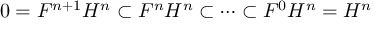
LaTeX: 0 = F ^ { n + 1 } H ^ { n } \subset F ^ { n } H ^ { n } \subset \dots \subset F ^ { 0 } H ^ { n } = H ^ { n }